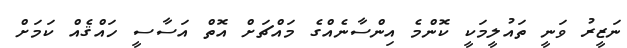
ނަޒީރު ވަނީ ތައުލީމަކީ ކޮންމެ އިންސާނެއްގެ މައްޗަށް އޮތް އަސާސީ ހައްޤެއް ކަމަށް